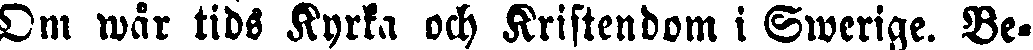
Om wår tids Kyrka och Kristendom i Swerige. Be-